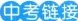
中考链接